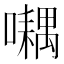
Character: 𡂮